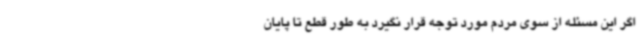
اگر این مسئله از سوی مردم مورد توجه قرار نگیرد به طور قطع تا پایان